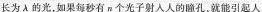
长为λ的光，如果每秒有n个光子射入人的瞳孔，就能引起人